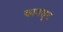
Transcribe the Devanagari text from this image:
कानत्तूर